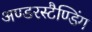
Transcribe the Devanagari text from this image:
अण्डरस्टैण्डिंग